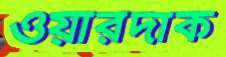
ওয়ারদাক